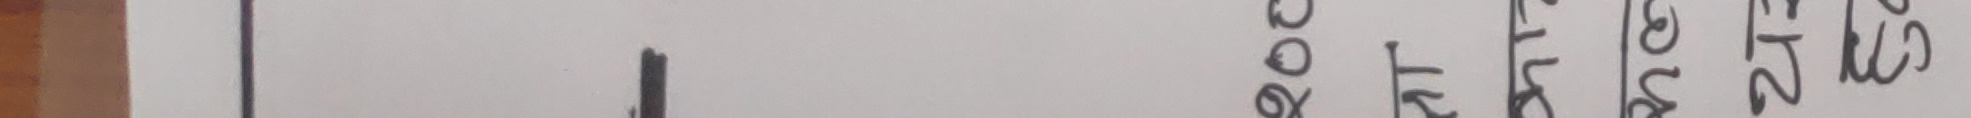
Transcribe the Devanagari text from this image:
२००८, ३१, २६, २२, १३